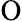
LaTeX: \mathrm{O}